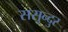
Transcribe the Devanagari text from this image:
ससुन्दुर